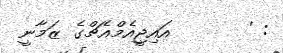
: '       އައިޖީއެމްއެޗްގެ ޒަމާނީ